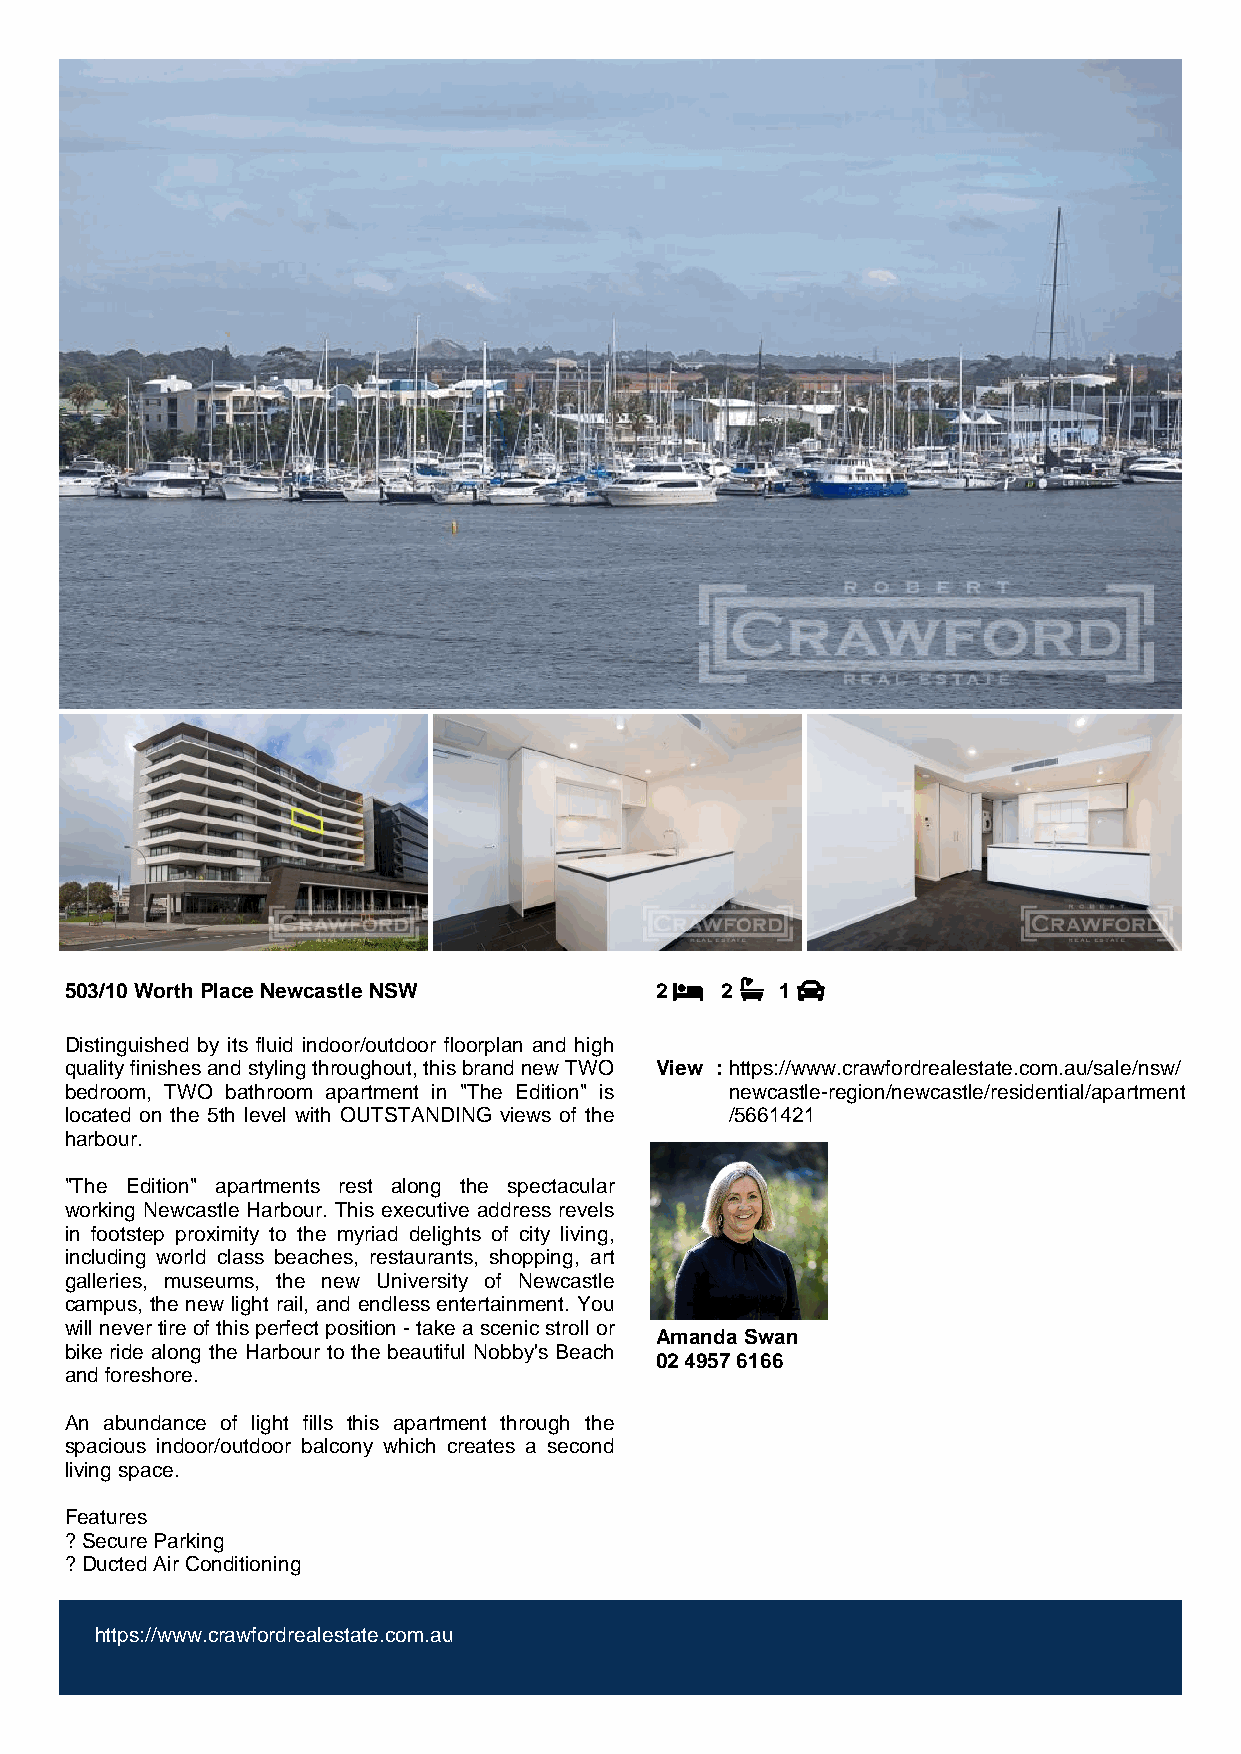
503/10 Worth Place Newcastle NSW       2    2   1
 Distinguished by its fluid indoor/outdoor floorplan and high
 quality finishes and styling throughout, this brand new TWO View : https://www.crawfordrealestate.com.au/sale/nsw/
 bedroom, TWO bathroom apartment in "The Edition" is newcastle-region/newcastle/residential/apartment
 located on the 5th level with OUTSTANDING views of the /5661421
 harbour.
 "The Edition" apartments rest along the spectacular
 working Newcastle Harbour. This executive address revels
 in footstep proximity to the myriad delights of city living,
 including world class beaches, restaurants, shopping, art
 galleries, museums, the new University of Newcastle
 campus, the new light rail, and endless entertainment. You
 will never tire of this perfect position - take a scenic stroll or
 Amanda Swan
 bike ride along the Harbour to the beautiful Nobby's Beach
 02 4957 6166
 and foreshore.
 An abundance of light fills this apartment through the
 spacious indoor/outdoor balcony which creates a second
 living space.
 Features
 ? Secure Parking
 ? Ducted Air Conditioning
 https://www.crawfordrealestate.com.au